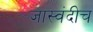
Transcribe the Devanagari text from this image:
जास्वंदीच